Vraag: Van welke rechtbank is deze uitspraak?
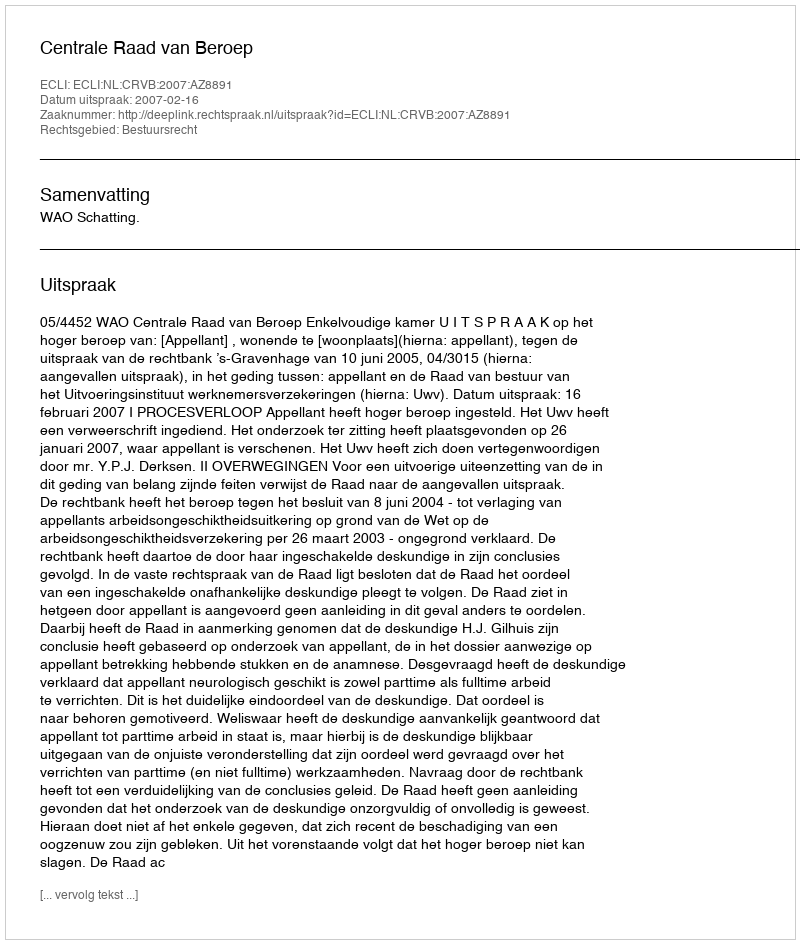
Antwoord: Centrale Raad van Beroep